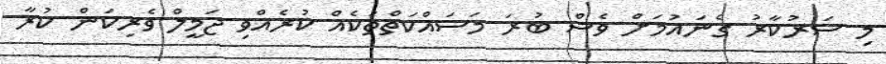
މި ސަރުކާރު ގެނައުމަށް ވެސް ބުރަ މަސައްކަތްތަކެއް ކުރެއްވި ޖަމީލް ވެރިކަން ކުރާ